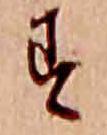
す